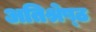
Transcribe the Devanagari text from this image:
अतिश्रेष्‍ठ